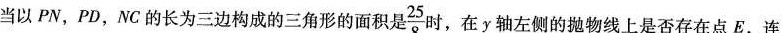
当以PN,PD,NC的长为三边构成的三角形的面积是\frac{25}{8}时，在y轴左侧的抛物线上是否存在点E，连